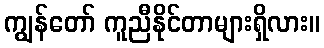
ကျွန်တော် ကူညီနိုင်တာများရှိလား။